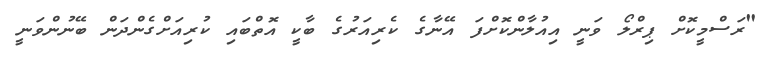
"ރަސްމީކޮށް ޕިރްލޯ ވަނީ އިއުލާންކޮށްފަ އޭނާގެ ކެރިއަރުގެ ބާކީ އޮތްބައި ކުރިއަށްގެންދަން ބޭނުންވަނީ